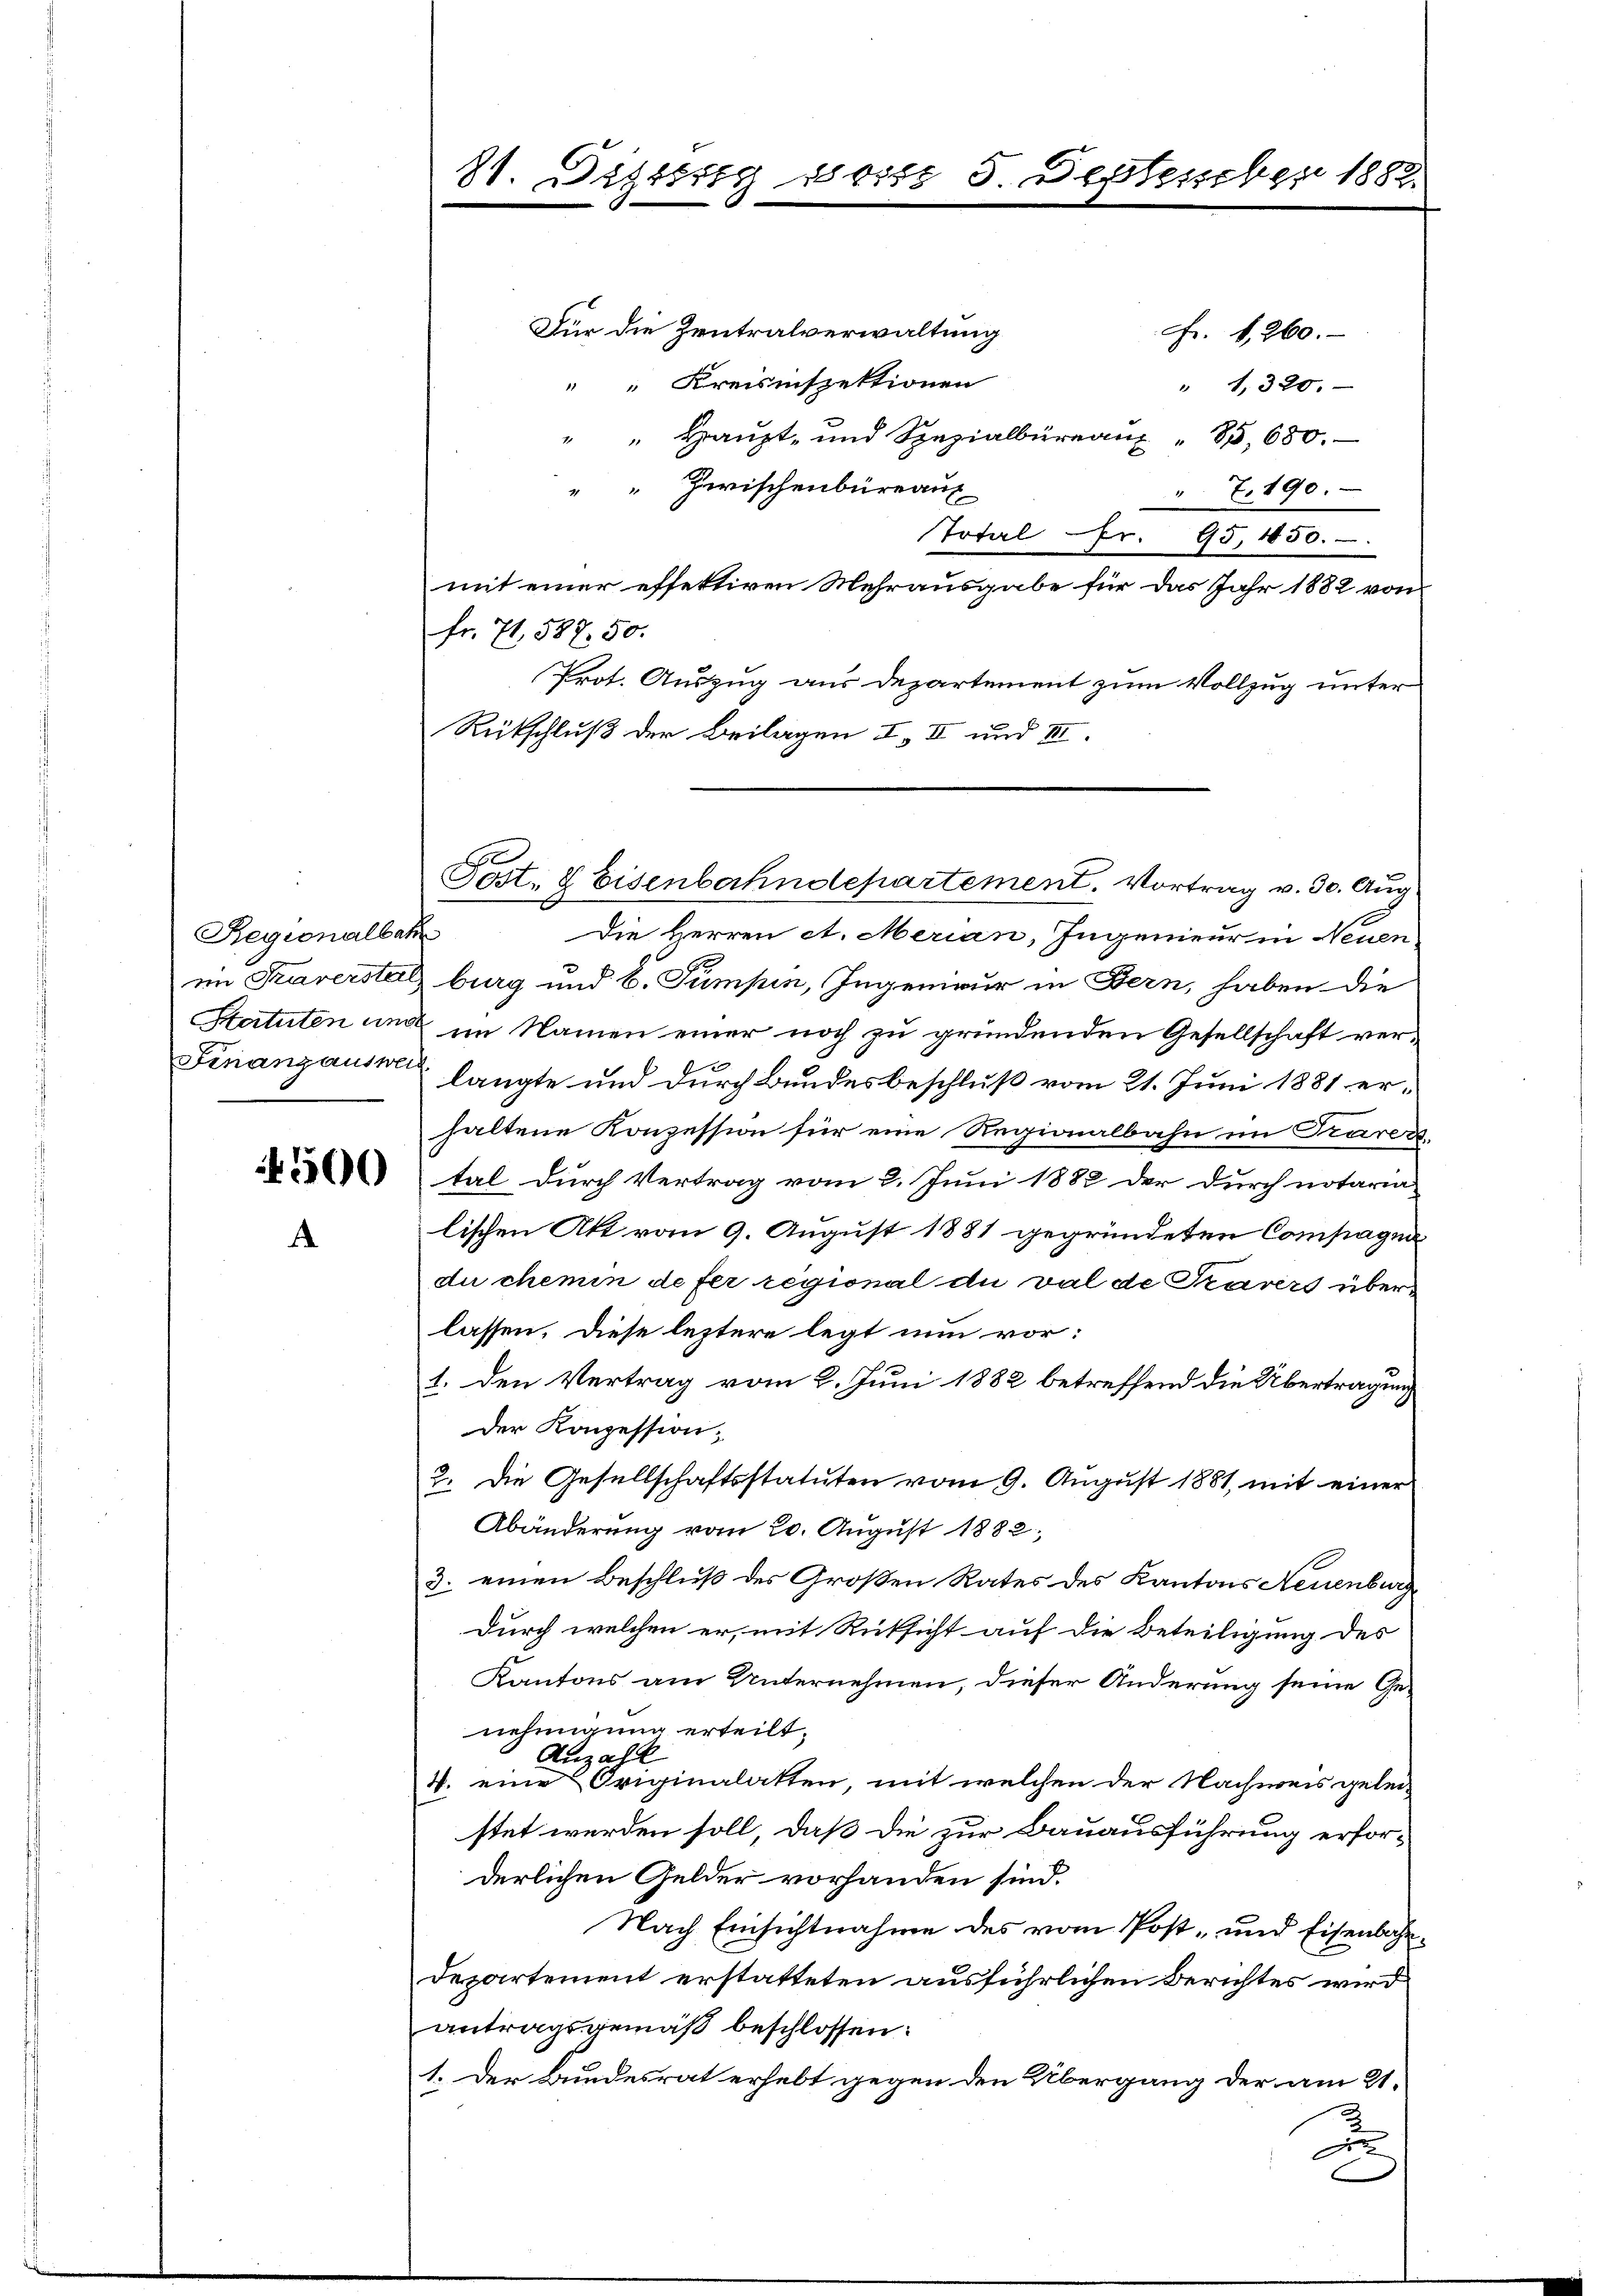
Regionalbah
im Traverstel
Statuten und
Finanzauswei

4500

11. Ditter seist 5 September 1882

Für die Zentralverwaltung
Fr. 4, 260.
" " Kreisinspektionen
" 1,320.
" " Haupt- und Spezialbüreaŭ " 85, 680.
 Zwischenbüreaux
" 7.190.
Total Fr. 95, 1650.
mit einer effettiren Mehrausgabe für das Jahr 1882 von
fr. 71, 587. 50.
Prot. Auszug aus Departement zum Vollzug unter
Reitschluß der Beilagen I. II und III.

t
Die Herren et. Merian, Ingenieur in Neuen
burg und b. Sumpen, Ingenieur in Bern, haben die
im Namen einer noch zu gründenden Gesellschaft verlangte und durch Bundesbeschluß vom 21. Juni 1881 erhaltene Konzession für eine Regionalbahn im Traver
tal durch Vertrag vom 2. Juni 1882 der durch notaria
lischen Akt vom 9. August 1881 gegründeten Compagnidu chemin de fer regional du val de Parers überlassen. Diese leztere legt nun vor:
1. den Vertrag vom 2. Juni 1882 betreffend die Übertragung
der Konzession.
2. Die Gesellschaftsstatuten vom 9. Aŭgŭst 1881, mit einer
Abänderung vom 20. August 1882,
3. einen Beschluß des Großen Rates des Kantons Neuenburg
durch welchen er, mit Rüksicht auf die Beteiligung des
Kantons am Unternehmen, dieser Änderung seine Genehmigung erteilt.
Anzahl
4. eine Originalatten, mit welchen der Nachweis gelei-
stet werden soll, daß die zur Bauausführung erforderlichen Gelder vorhanden sind.
Nach Einsichtnahme des vom Post- und Eisenbahn
Departement erstatteten ausführlichen Berichtes wird
antragsgemäß beschlossen:
1. Der Bundesrat erhebt gegen den Übergang der am 21.
d

Post- & Eisenbahndepartement. Vortrag v. 30. Aug.